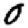
Digit: 0